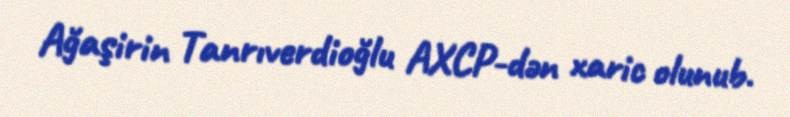
Ağaşirin Tanrıverdioğlu AXCP-dən xaric olunub.